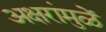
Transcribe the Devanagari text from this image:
अक्षरांमुळें